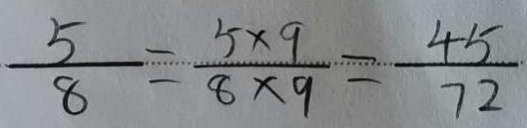
\frac { 5 } { 8 } = \frac { 5 \times 9 } { 8 \times 9 } = \frac { 4 5 } { 7 2 }